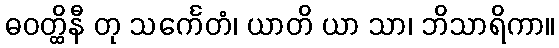
ဓဝတ္ထိနီ တု သင်္ကေတံ၊ ယာတိ ယာ သာ၊ ဘိသာရိကာ။